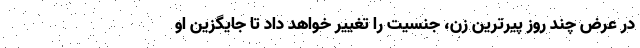
در عرض چند روز پیرترین زن، جنسیت را تغییر خواهد داد تا جایگزین او